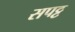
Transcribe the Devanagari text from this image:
सपट्ट